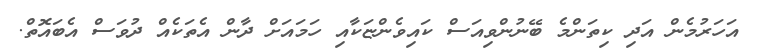
އަހަރުމެން އަދި ކިތަންމެ ބޭނުންވިއަސް ކައިވެންޏަކާއި ހަމައަށް ދާން އެތަކެއް ދުވަސް އެބައޮތް.